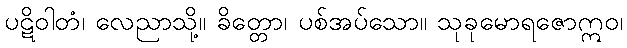
ပဋိဝါတံ၊ လေညာသို့။ ခိတ္တော၊ ပစ်အပ်သော။ သုခုမောရဇောဣဝ၊